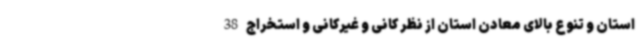
استان و تنوع بالای معادن استان از نظر کانی و غیرکانی و استخراج 38